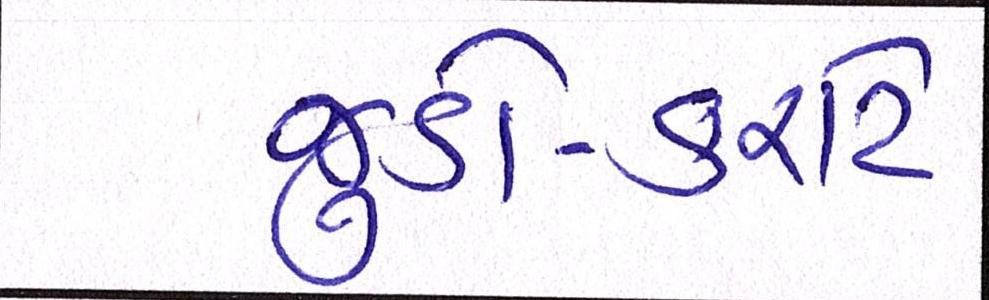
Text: જુડો-કરાટે